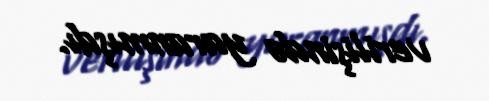
verilişində yaranmışdı.